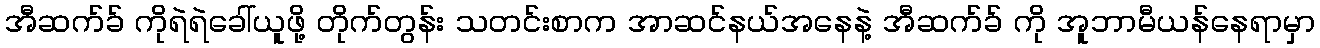
အီဆက်ခ် ကိုရဲရဲခေါ်ယူဖို့ တိုက်တွန်း သတင်းစာက အာဆင်နယ်အနေနဲ့ အီဆက်ခ် ကို အူဘာမီယန်နေရာမှာ